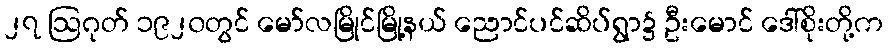
၂၇ ဩဂုတ် ၁၉၂၀တွင် မော်လမြိုင်မြို့နယ် ညောင်ပင်ဆိပ်ရွာ၌ ဦးမောင် ဒေါ်စိုးတို့က